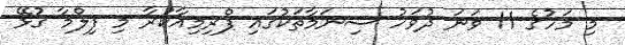
މި މަހުގެ 11 ވަނަ ދުވަހު ސިނަމާތަކުގައި ޕްރިމިއާކުރާ މި ފިލްމާ ގުޅޭ